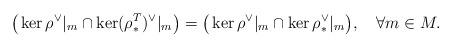
LaTeX: \begin{align*} \big(\ker \rho^\vee|_m \cap \ker (\rho^T_*)^\vee|_m\big)=\big( \ker \rho^\vee|_m \cap \ker \rho_*^\vee|_m \big), \ \ \ \forall m \in M.\end{align*}